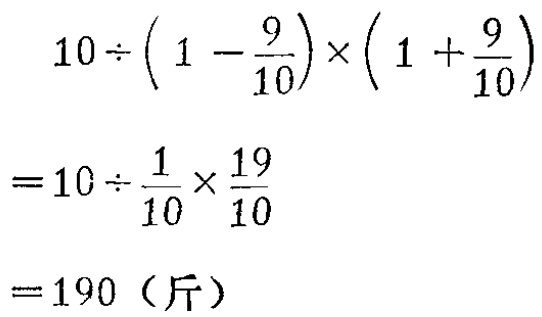
又由 \(f(1)=\sqrt{2}-1\neq0\) 知，\(f(x)\)不恒为 \(0\)，故选\((A)\).